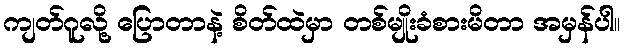
ကျတ်ဂူလို့ ပြောတာနဲ့ စိတ်ထဲမှာ တစ်မျိုးခံစားမိတာ အမှန်ပါ။